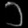
Digit: ၁